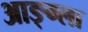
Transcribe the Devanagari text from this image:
आङ्ग्ला